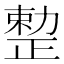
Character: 𠢦